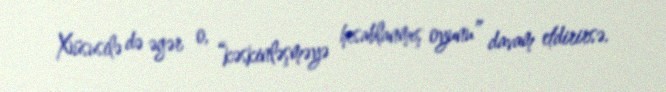
Xüsusilə də əgər o, “kəskinləşməyə hesablanmış oyunu” davam etdirirsə.